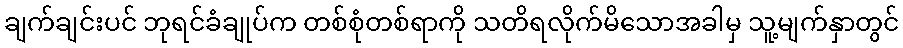
ချက်ချင်းပင် ဘုရင်ခံချုပ်က တစ်စုံတစ်ရာကို သတိရလိုက်မိသောအခါမှ သူ့မျက်နှာတွင်